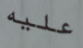
عليه